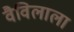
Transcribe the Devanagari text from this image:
वैविलाला